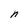
Character: n